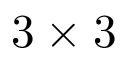
3 \times 3